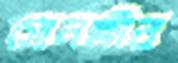
সোনক্ষীর